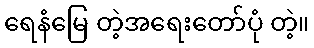
ရေနံမြေ တဲ့အရေးတော်ပုံ တဲ့။